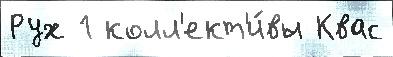
Рух 1 колл'ект'и́вы Квас